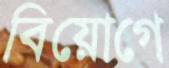
বিয়োগে